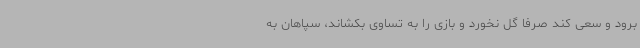
برود و سعی کند صرفاً گل نخورد و بازی را به تساوی بکشاند، سپاهان به